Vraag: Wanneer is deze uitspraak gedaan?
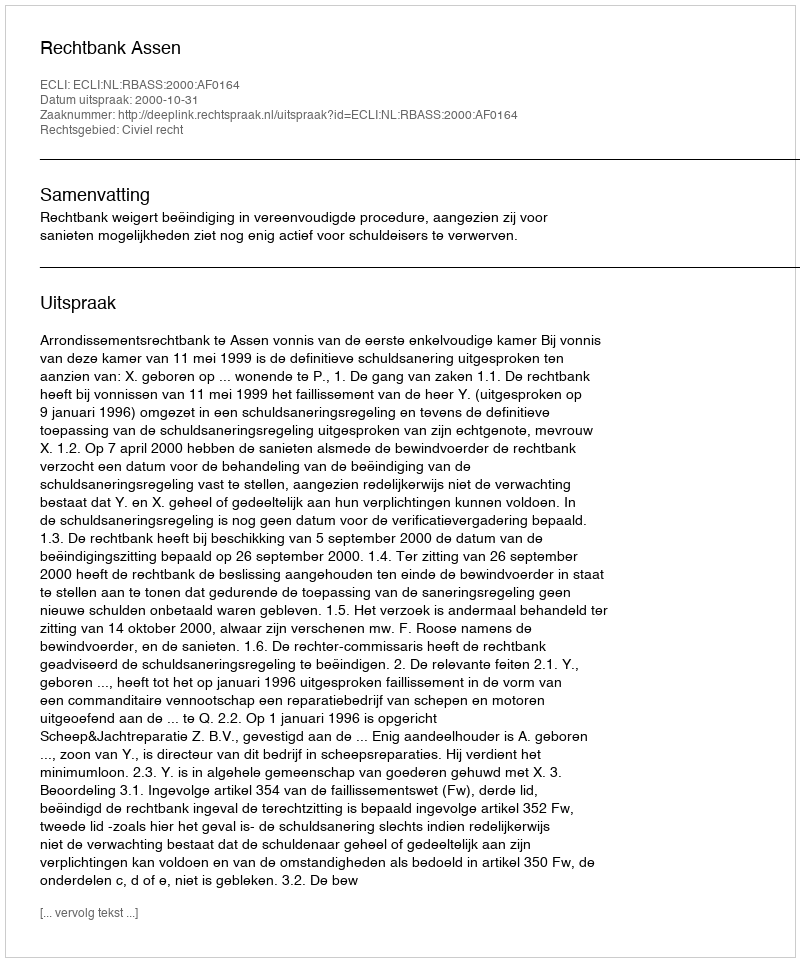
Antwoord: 2000-10-31